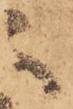
之